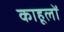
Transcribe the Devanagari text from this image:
काहूलों